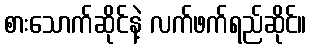
စားသောက်ဆိုင်နဲ့ လက်ဖက်ရည်ဆိုင်။